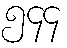
၅၄၄